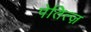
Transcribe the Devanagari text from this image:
पेतित्ज़